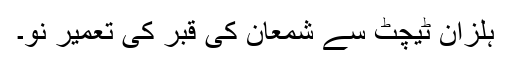
ہلزان ٹیچٹ سے شمعان کی قبر کی تعمیر نو۔